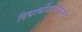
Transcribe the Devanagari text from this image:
विद्यार्थीदशेपासूनच